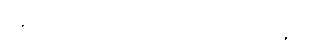
ရန်ပိုတတ်ကြောင်း ဥဒါန်းကျူးတော်မူပုံ။